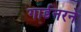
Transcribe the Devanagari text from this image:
गार्डनरने